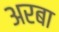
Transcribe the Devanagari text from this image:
अरबा